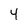
Character: 4